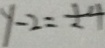
y - 2 = \pm 4